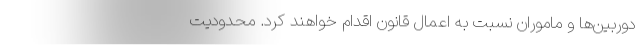
دوربین‌ها و ماموران نسبت به اعمال قانون اقدام خواهند کرد. محدودیت